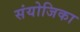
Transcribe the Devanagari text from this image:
संयोजिका